Lunatic asylums in Bengal annual reports 1888-1898 - 1888-1898
Year: 1888
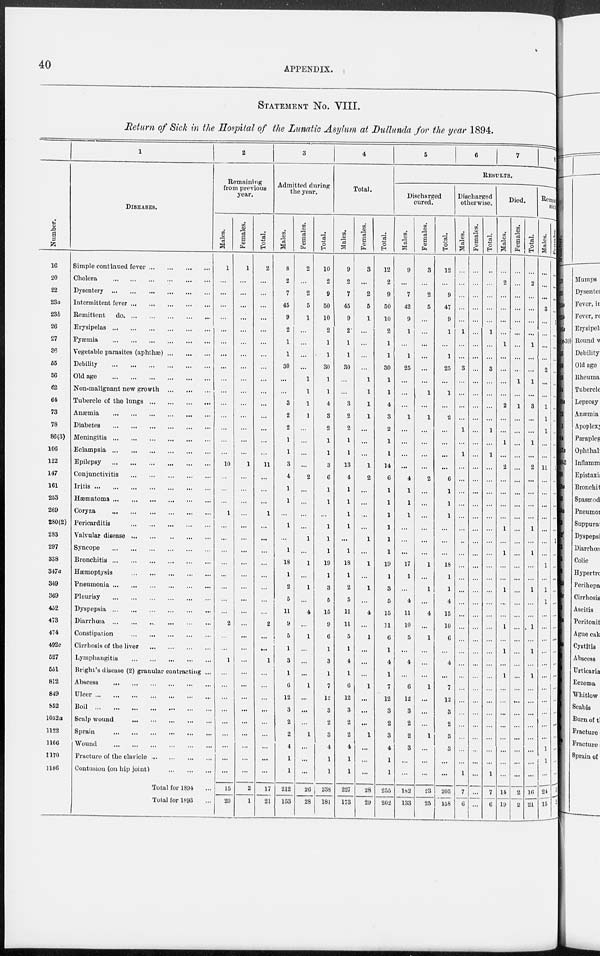
40
APPENDIX.
STATEMENT NO. VIII.
Return of Sick in the Hospital of the Lunatic Asylum at Dullunda for the year 1894.
Number.
16
20
22
23a
23b
26
27
36
55
56
62
64
73
78
86(3)
106
122
147
161
253
269
280(2)
283
297
338
347a
349
369
452
473
474
492c
527
661
812
849
852
1052a
1122
1166
1170
1186
1
DISEASES.
Simple continued fever
...
...
...
...
Cholera
...
...
...
...
...
...
Dysentery
...
...
...
...
...
...
Intermittent fever
...
...
...
...
...
Remittent
do
...
...
...
...
...
Erysipelas
...
...
...
...
...
...
Pyaemia
...
...
...
...
...
...
Vegetable parasites (aphthae)
...
...
...
Debility
...
...
...
...
...
...
Old age
...
...
...
...
...
...
Non-malignant new growth
...
...
...
Tubercle of the lungs
...
...
...
...
Anaemia ... ... ... ... ... ...
Diabetes
...
...
...
...
...
...
Meningitis
...
...
...
...
...
...
Eclampsia
...
...
...
...
...
...
Epilepsy
...
...
...
...
...
...
Conjunctivitis ... ... ... ... ...
Iritis
...
...
...
...
...
...
...
Hæmatoma
...
...
...
...
...
...
Coryza
...
...
...
...
...
...
Pericarditis
...
...
...
...
...
Valvular disease
...
...
...
...
...
Syncope
...
...
...
...
...
...
Bronchitis
...
...
...
...
...
...
Haemoptysis
...
...
...
...
...
Pneumonia
...
...
...
...
...
...
Pleurisy
...
...
...
...
...
...
Dyspepsia
...
...
...
...
...
...
Diarrhoea
...
...
...
...
...
...
Constipation
...
...
...
...
...
Cirrhosis of the liver
...
...
...
...
Lymphangitis
...
...
...
...
...
Bright's disease (2) granular contracting ...
Abscess
...
...
...
...
...
...
Ulcer
...
...
...
...
...
...
...
Boil
...
...
...
...
...
...
...
Scalp wound
...
...
...
...
...
Sprain
...
...
...
...
...
...
Wound
...
...
...
...
...
...
Fracture of the clavicle
...
...
...
...
Contusion (on hip joint)
...
...
...
Total for 1894 ...
Total for 1893 ...
2
Remaining
from previous
year.
Males.
1
...
...
...
...
...
...
...
...
...
...
...
...
...
...
...
10
...
...
...
1
...
...
...
...
...
...
...
...
2
...
...
1
...
...
...
...
...
...
...
...
15
20
Females.
1
...
...
...
...
...
...
...
...
...
...
...
...
...
...
1
...
...
...
...
...
...
...
...
...
...
...
...
...
...
...
...
...
...
...
...
...
...
...
...
...
2
1
Total.
2
...
...
...
...
...
...
...
...
...
...
...
...
...
...
...
11
...
...
...
1
...
...
...
...
...
...
2
...
...
1
...
...
...
...
...
...
...
...
...
17
21
3
Admitted during
the year.
Males.
8
2
7
45
9
2
1
1
30
...
...
3
2
2
1
1
3
4
1
1
...
1
...
1
18
1
2
5
11
9
5
1
3
1
6
12
3
2
2
4
1
1
212
153
Females.
2
...
2
5
1
...
...
...
...
1
1
1
1
...
...
...
...
2
...
...
...
...
1
...
1
...
1
...
4
...
1
...
...
...
1
...
...
...
1
...
...
...
26
28
Total.
10
2
9
50
10
2
1
1
30
1
1
4
3
2
1
1
3
6
1
1
...
1
1
1
19
1
3
5
15
9
6
1
3
1
7
12
3
2
3
4
1
1
238
181
4
Total.
Males.
9
2
7
45
9
2.
1
1
30
...
...
3
2
2
1
1
13
4
1
1
1
1
...
1
18
1
2
5
11
11
5
1
4
1
6
12
3
2
2
4
1
1
227
173
Females.
3
...
2
5
1
...
...
...
...
1
1
1
1
...
...
...
1
2
...
...
...
...
1
...
1
...
1
...
4
...
1
...
...
...
1
...
...
...
1
...
...
...
28
29
Total.
12
2
9
50
10
2
1
1
30
1
1
4
3
2
1
1
14
6
1
1
1
1
1
1
19
1
3
5
15
11
6
1
4
1
7
12
3
2
3
4
1
1
255
202
5
6
7
8
RESULTS.
Dischnrged
cured.
Males.
9
...
7
42
9
1
...
1
25
...
...
...
1
...
...
...
...
4
1
1
1
...
...
...
17
1
...
4
11
10
5
...
4
...
6
12
3
2
2
3
...
...
182
133
Females.
3
...
2
5
...
...
...
...
...
...
1
...
1
...
...
...
...
2
...
...
...
...
...
...
1
...
1
...
4
...
1
...
...
...
1
...
...
...
1
...
...
...
23
25
Total.
12
...
9
47
9
1
...
1
25
...
1
...
2
...
...
...
...
6
1
1
1
...
...
18
1
1
4
15
10
6
4
...
7
12
3
2
3
3
...
...
205
158
Discharged
otherwise.
Males.
...
...
...
...
1
...
...
3
...
...
...
...
1
...
1
...
...
...
...
...
...
..
...
...
...
...
...
...
...
...
...
...
...
...
...
...
...
...
...
1
7
6
Females.
...
...
...
...
...
...
...
...
...
...
...
...
...
...
...
...
...
...
...
...
...
...
...
...
...
...
...
...
...
...
...
...
...
...
...
...
...
...
...
...
...
...
...
...
Total.
...
...
...
...
...
1
...
...
3
...
...
...
...
1
...
1
...
...
...
...
...
...
...
...
...
...
...
...
...
...
...
...
...
...
...
...
...
...
...
...
...
1
7
6
Died.
Males.
...
2
...
...
...
...
1
...
...
...
...
2
...
...
1
...
2
...
...
...
...
1
...
1
...
...
1
...
...
1
...
1
...
1
...
...
...
...
...
...
...
...
14
19
Females.
...
...
...
...
...
...
...
...
...
1
...
1
...
...
...
...
...
...
...
...
...
...
...
...
...
...
...
...
...
...
...
...
...
...
...
...
...
...
...
...
...
...
2
2
Total.
...
2
...
...
...
...
1
...
...
1
...
3
...
...
1
...
2
...
...
...
...
1
...
1
...
...
1
...
...
1
...
1
...
1
...
...
...
...
...
...
...
...
16
2J
Reamaining
sick
Males.
...
...
...
3
...
...
...
...
...
...
...
1
1
1
...
...
11
...
...
...
...
...
...
...
1
...
1
1
...
...
...
...
...
...
...
...
...
...
...
1
1
...
24
15
Females.
...
...
...
...
1
...
...
...
...
...
...
...
...
...
...
...
1
...
...
...
...
...
1
...
...
....
...
...
...
...
...
...
...
...
...
...
...
...
...
...
...
...
3
2